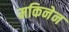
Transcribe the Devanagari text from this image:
मकिनेन